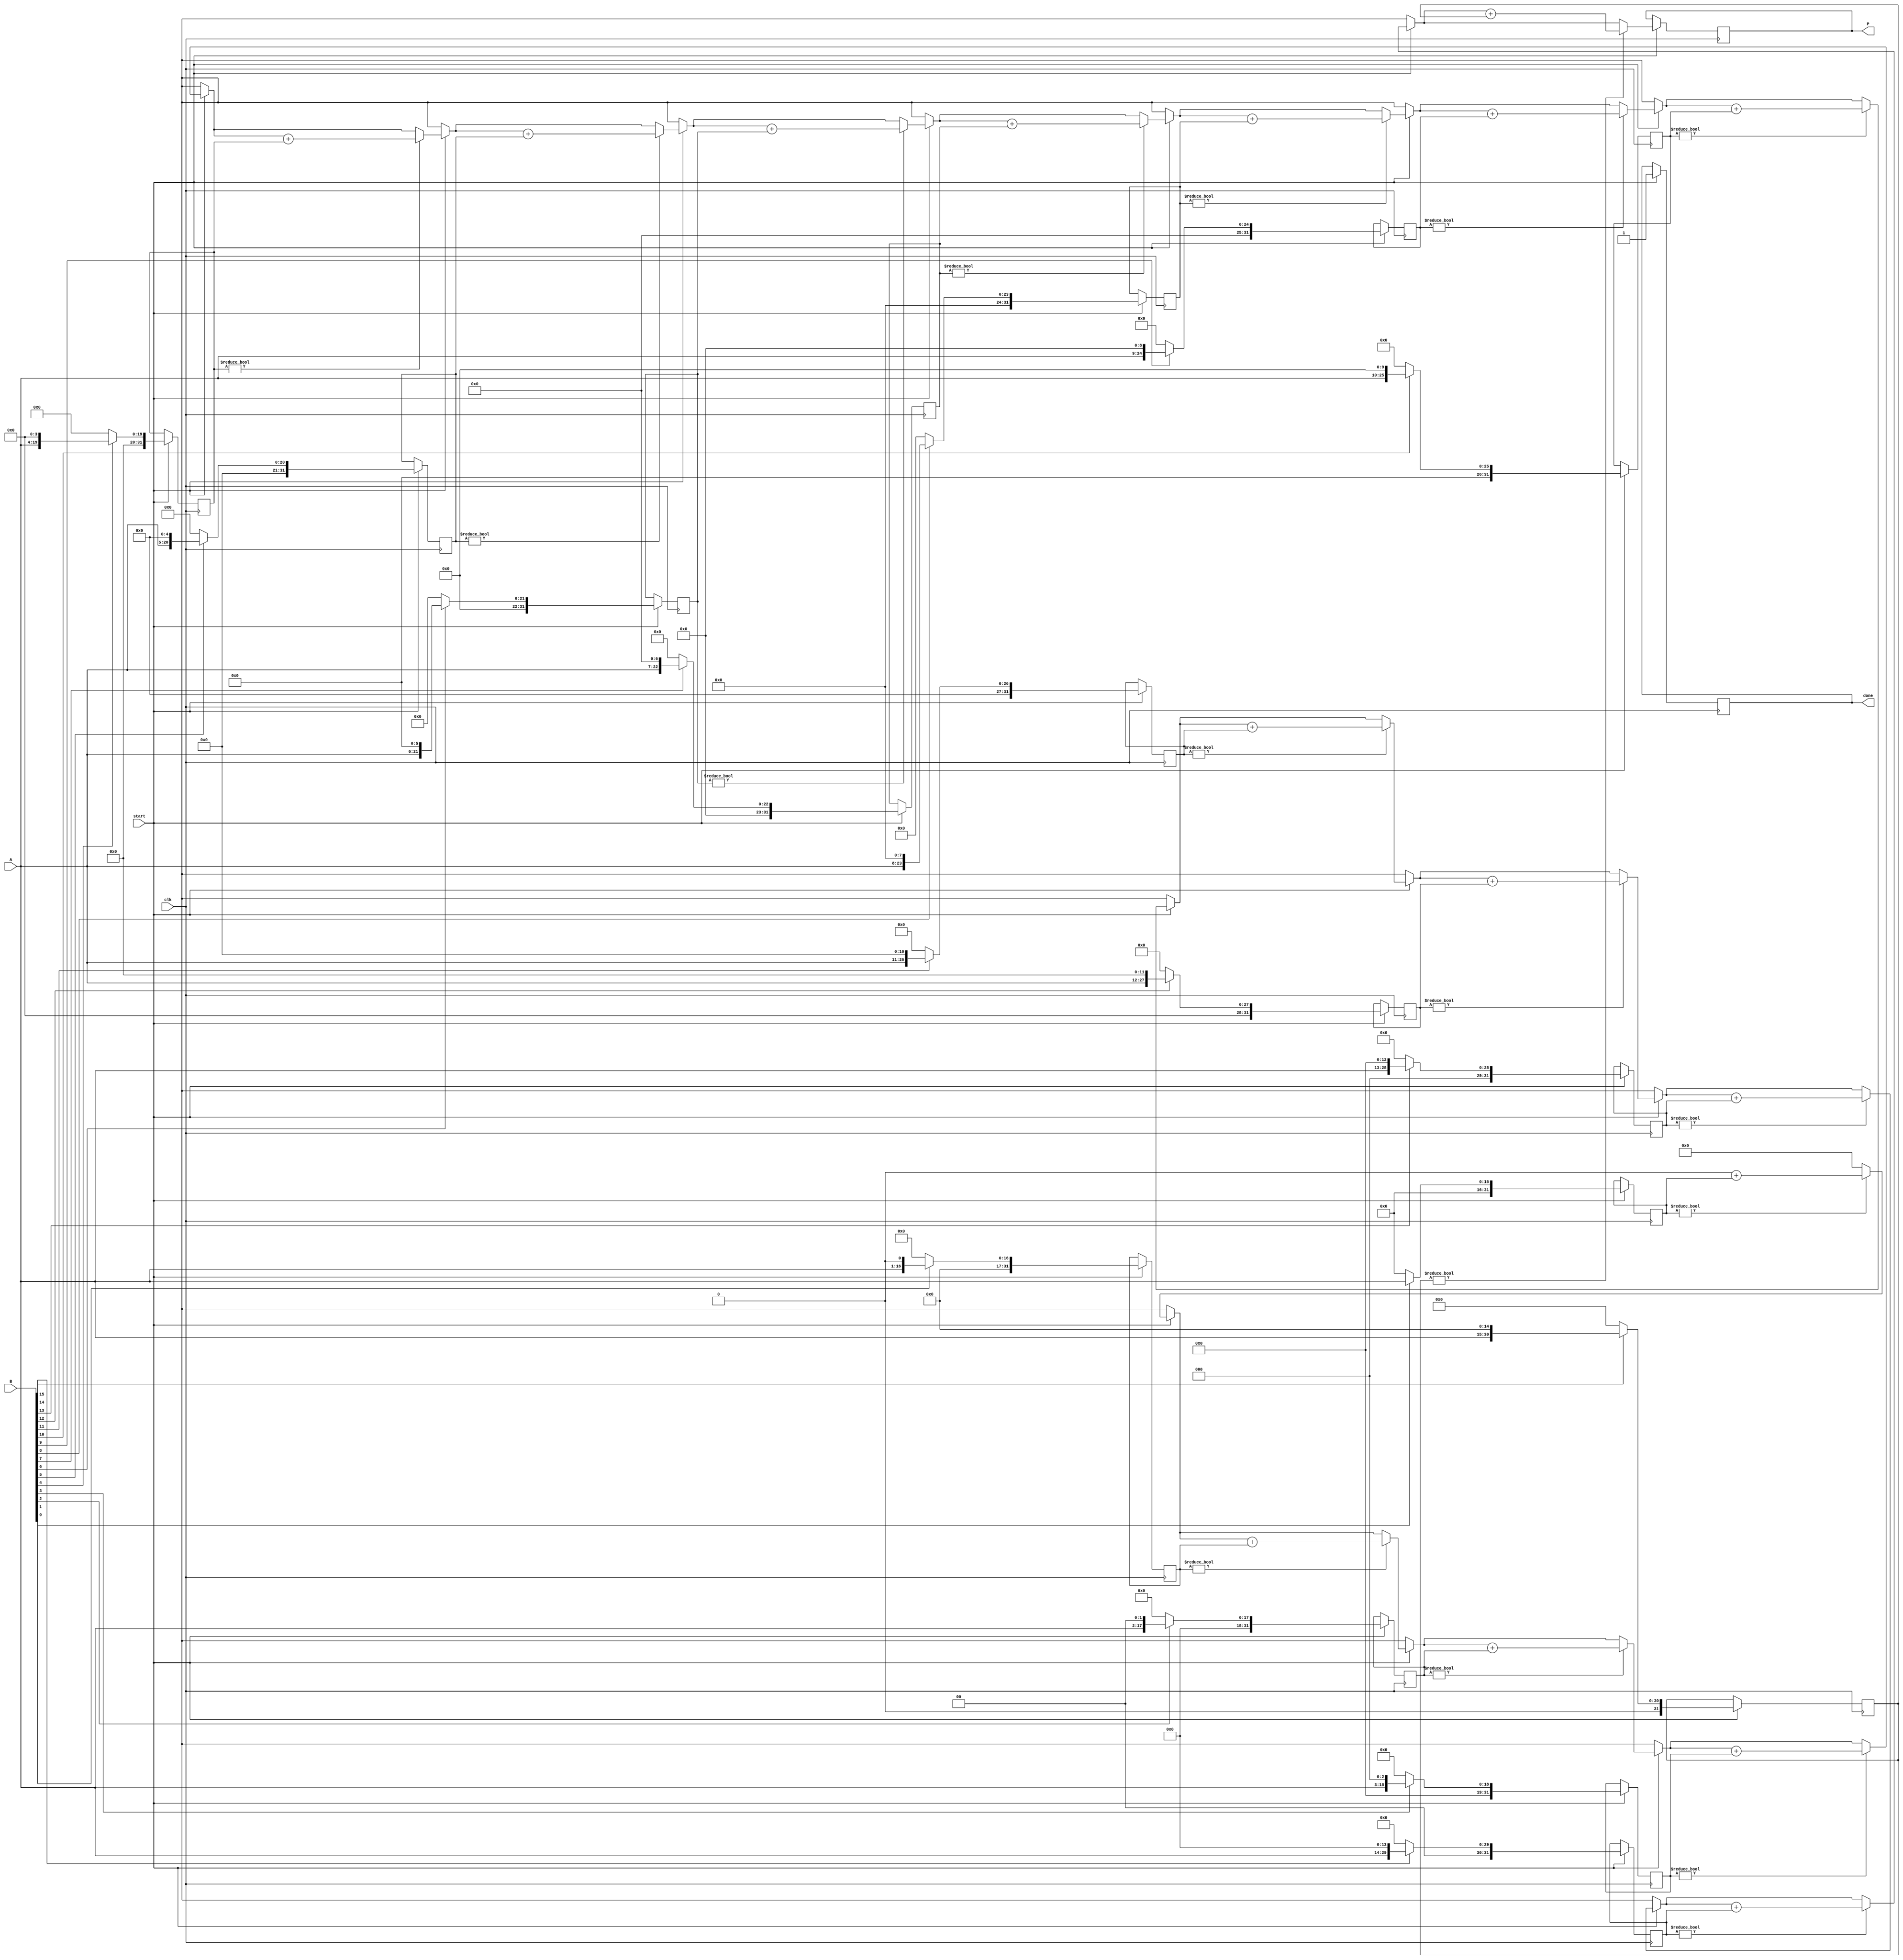
module variable_length_wallace_multiplier #(parameter MAX_WIDTH = 16) (
    input [MAX_WIDTH-1:0] A, // Multiplicand
    input [MAX_WIDTH-1:0] B, // Multiplier
    input clk,               // Clock signal
    input start,             // Start signal
    output reg [2*MAX_WIDTH-1:0] P, // Product
    output reg done          // Done signal
);

    reg [2*MAX_WIDTH-1:0] partial_products[MAX_WIDTH-1:0];
    reg [2*MAX_WIDTH-1:0] sum, carry;
    integer i, j;

    // Generate partial products
    always @(posedge clk) begin
        if (start) begin
            done <= 0;
            // Clear product and partial products
            P <= 0;
            for (i = 0; i < MAX_WIDTH; i = i + 1) begin
                partial_products[i] <= 0;
            end
            
            // Generate partial products
            for (i = 0; i < MAX_WIDTH; i = i + 1) begin
                if (B[i]) begin
                    partial_products[i] <= A << i; // Shift A by i positions
                end
            end
            
            // Wallace tree reduction
            // Initialize sum and carry
            sum = 0;
            carry = 0;

            // Reduce partial products using Wallace tree
            for (i = 0; i < MAX_WIDTH; i = i + 1) begin
                if (partial_products[i] != 0) begin
                    sum = sum + partial_products[i];
                end
            end
            
            // Final addition
            P <= sum; // Assign the final product
            done <= 1; // Indicate that multiplication is done
        end
    end

endmodule